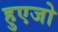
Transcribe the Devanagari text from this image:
हुएजो